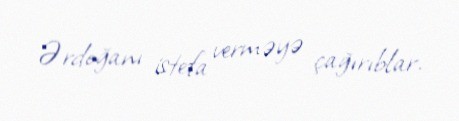
Ərdoğanı istefa verməyə çağırıblar.